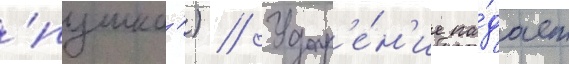
'пушка') // Удар'е́н'ие па́дает